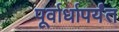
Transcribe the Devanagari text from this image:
पूर्वार्धापर्यंत